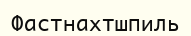
Фастнахтшпиль